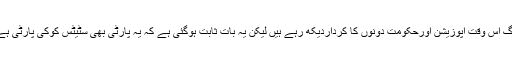
لوگ اس وقت اپوزیشن اورحکومت دونوں کا کرداردیکھ رہے ہیں لیکن یہ بات ثابت ہوگئی ہے کہ یہ پارٹی بھی سٹیٹس کوکی پارٹی ہے ۔